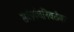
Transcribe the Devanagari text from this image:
सर्वप्रपंचनिवर्तक